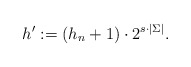
\begin{align*} h':= (h_n+1)\cdot 2^{s\cdot |\Sigma|}.\end{align*}